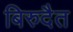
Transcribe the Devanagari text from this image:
बिरुदैत